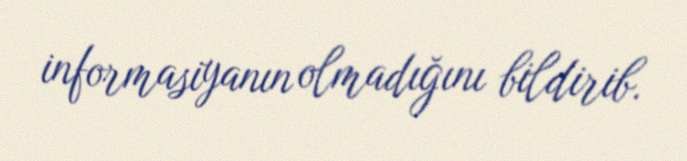
informasiyanın olmadığını bildirib.